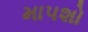
માપશો